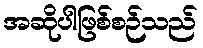
အဆိုပါဖြစ်စဉ်သည်